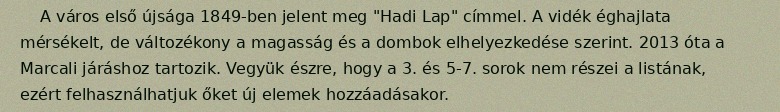
A város első újsága 1849-ben jelent meg "Hadi Lap" címmel. A vidék éghajlata mérsékelt, de változékony a magasság és a dombok elhelyezkedése szerint. 2013 óta a Marcali járáshoz tartozik. Vegyük észre, hogy a 3. és 5-7. sorok nem részei a listának, ezért felhasználhatjuk őket új elemek hozzáadásakor.